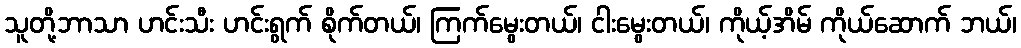
သူတို့ဘာသာ ဟင်းသီး ဟင်းရွက် စိုက်တယ်၊ ကြက်မွေးတယ်၊ ငါးမွေးတယ်၊ ကိုယ့်အိမ် ကိုယ်ဆောက် ဘယ်၊